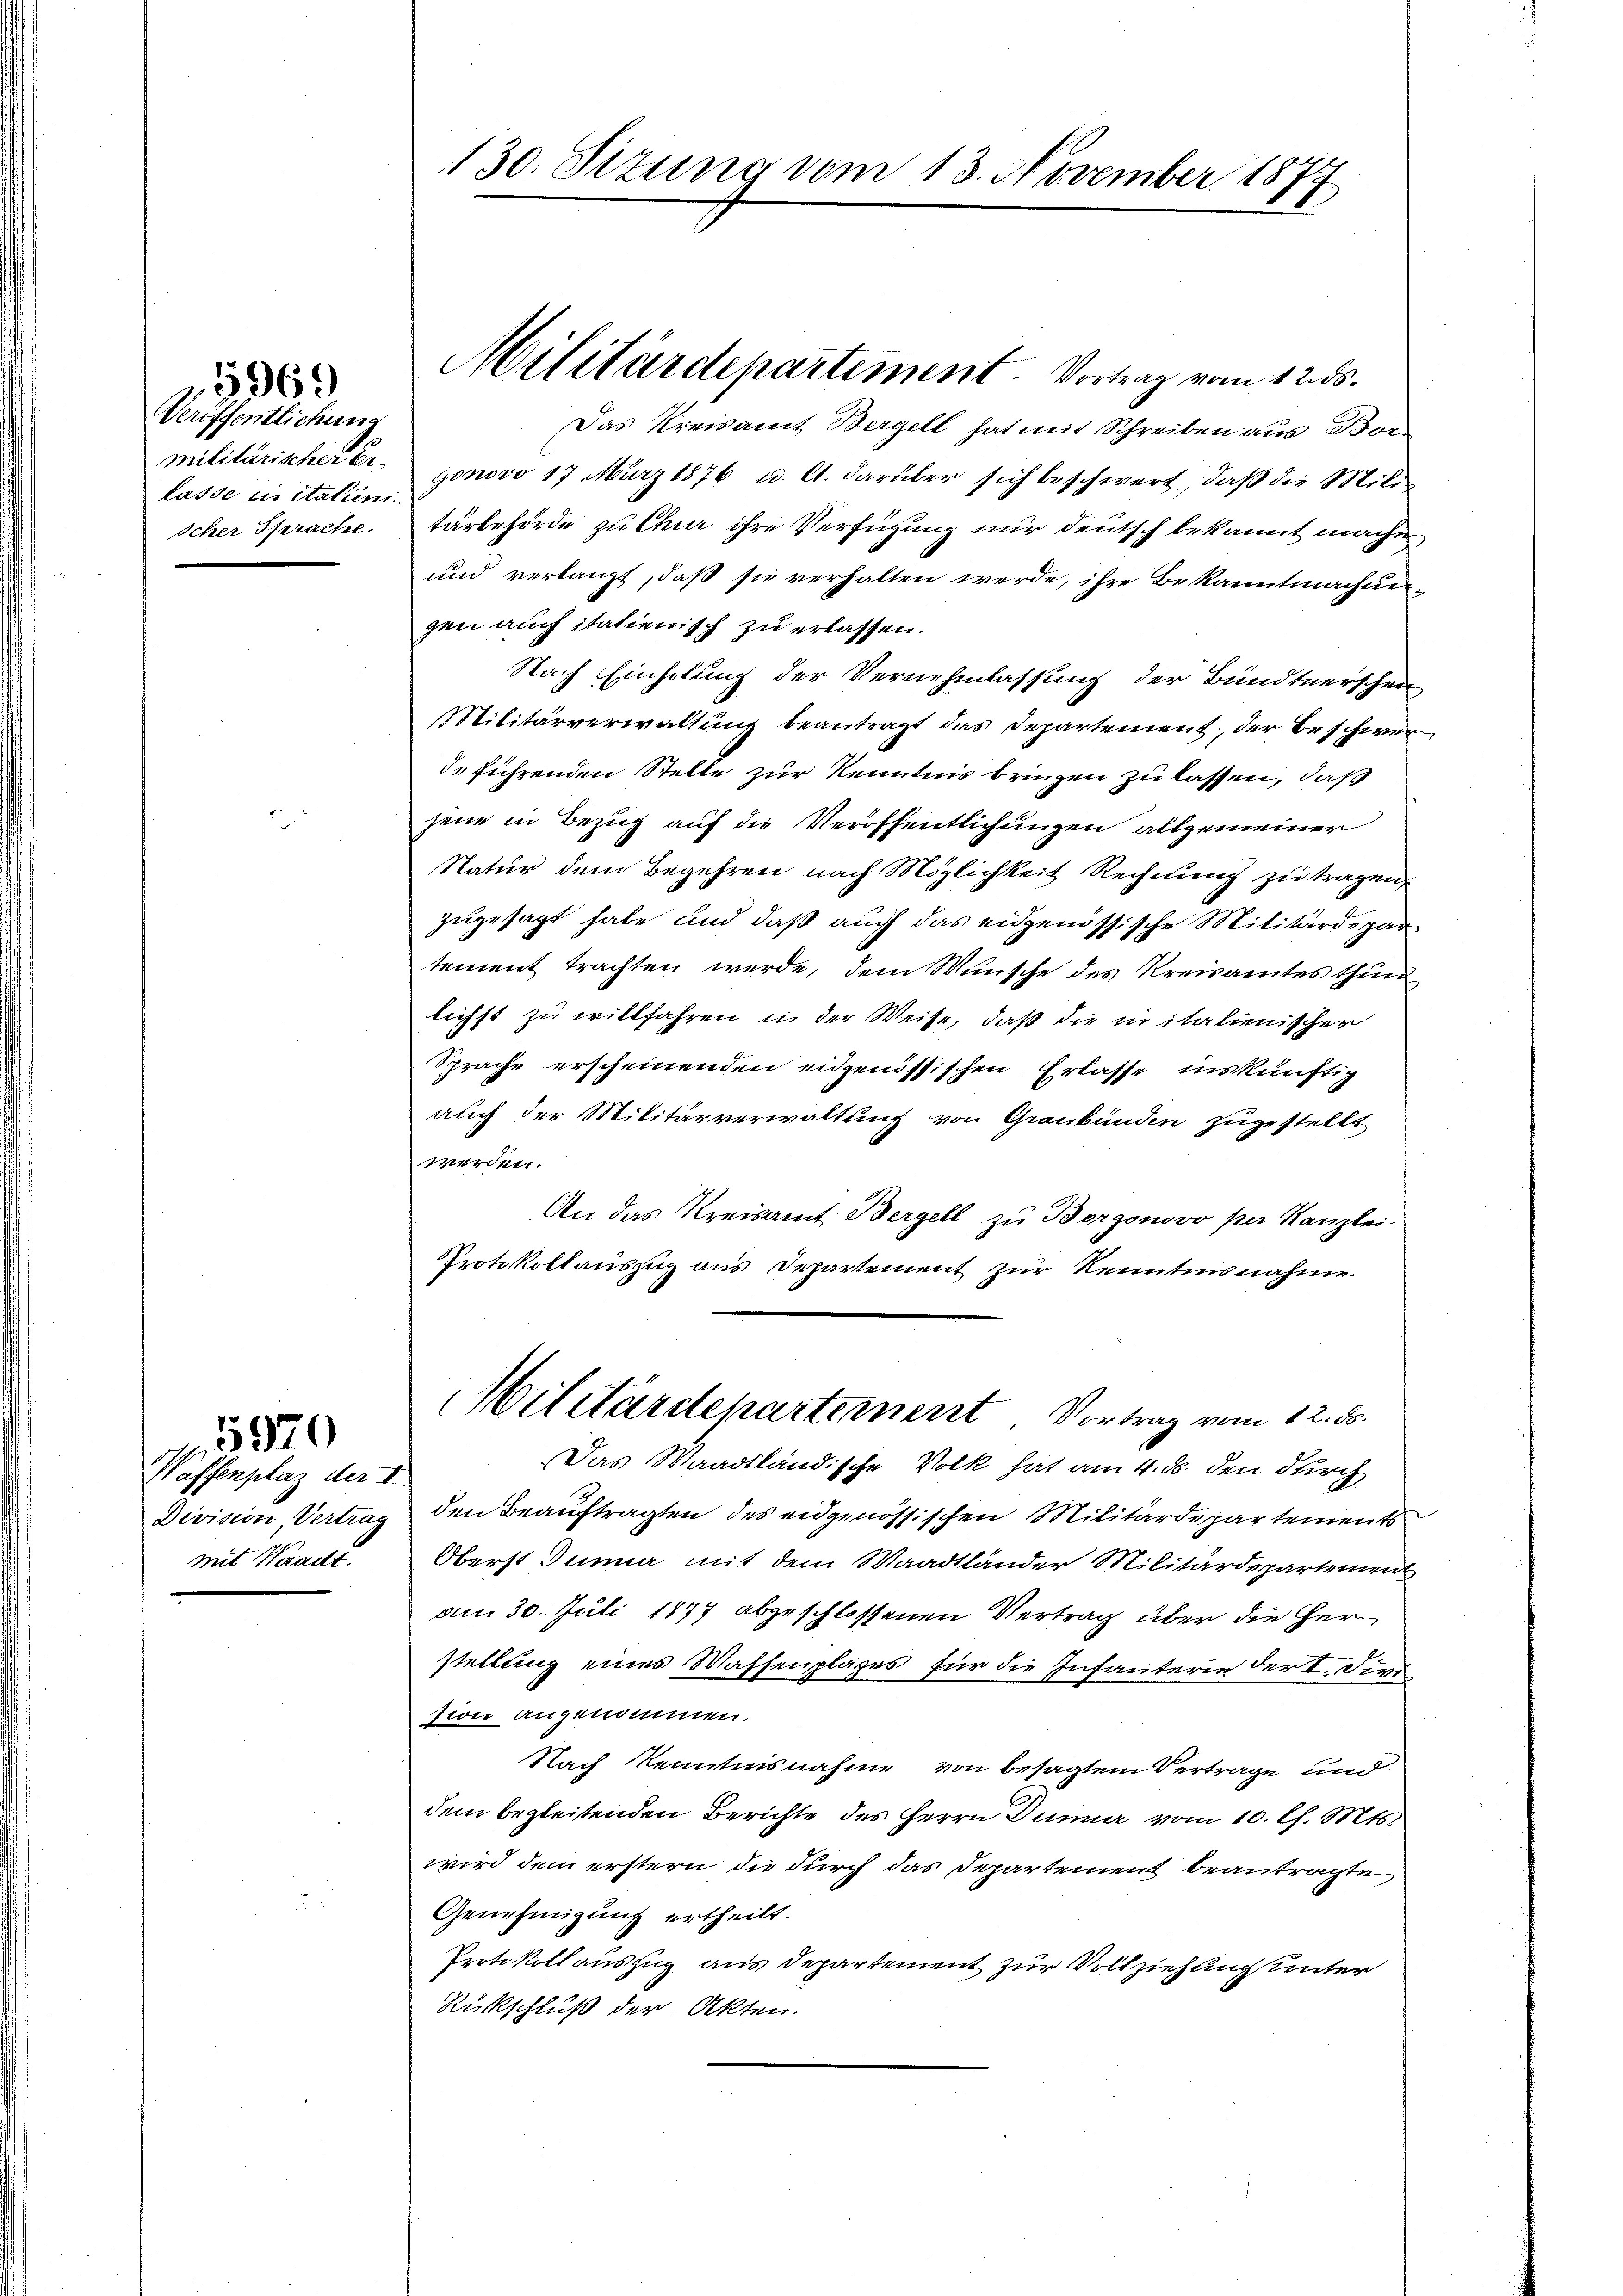
Veröffentlichung
militärischer Erlasse in italieni
Icher Sprache.

5969

Waffenplaz der I
Division Vertrag
mit Waadt.

5970

130. Sizung vom 13. November 1877

Militärdepartiment. Vortrag vom 12. ds.

Das Kreisamt Bergell hat mit Schreiben aus Bor
gonovo 17. März 1876 u. A. darüber sich beschwert, daß die Militärbehörde zu Chur ihre Verfügung nur deutsch bekannt machen
und verlangt, daß sie verhalten werde, ihre Bekanntmachungen auch italienisch zu erlassen.
Nach Einholung der Vernehmlassung der Bündtnerschen-
Militärverwaltung beantragt das Departement, der Beschwerdeführenden Stelle zur Kenntnis bringen zu lassen, daß
jene in Bezug auf die Veröffentlichungen allgemeiner
Natur dem Begehren nach Möglichkeit Rechnung zu tragen,
zugesagt habe und daß auch das eidgenössische Militärdepar
tement trachten werde, dem Wunsche des Kreisamtes thun
lichst zu willfahren in der Weise, daß die in italienischer
Sprache erscheinenden eidgenössischen Erlasse inskünftig
auch der Militärverwaltung von Graubünden zugestellt
werden.
An das Kreisamt Bergell zu Bergonovo per Kanzlei-
Protokollauszug aus Departement zur Kenntnisnahme.
Militärdepartement. Vortrag vom 12. ds.
Das Waadtländische Volk hat am 4. ds. den durch
den Beauftragten des eidgenössischen Militärdepartements
Oberst Jenne mit dem Waadtländer Militärdepartement
am 30. Juli 1877 abgeschlossenen Vertrag über die Herr
stellung eines Waffenplages für die Infanterie der V. Divi
sion angenommen.
Nach Kenntnisnahme von besagtem Vertrage und
dem begleitenden Berichte des Herrn Dunner vom 10. Ch. Mts.
wird dem erstern die durch das Departement beantragte
Genehmigung ertheilt.
Protokoll auszug aus Departement zur Vollziehung unter
Rückschluß der Akten.